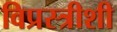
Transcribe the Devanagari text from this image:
विप्रस्त्रीशी